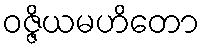
ဝဇ္ဇိယမဟိတော